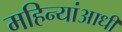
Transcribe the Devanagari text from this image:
महिन्यांआधी